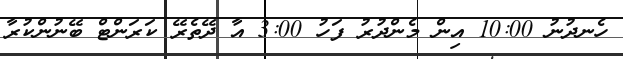
ހެނދުނު 10:00 އިން މެންދުރު ފަހު 3:00 އާ ދޭތެރޭ ކަރަންޓް ބޭނުންކުރާ